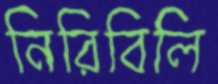
নিরিবিলি